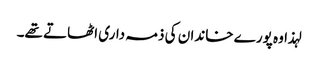
لہذا وہ پورے خاندان کی ذمہ داری اٹھاتے تھے۔